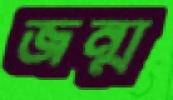
জন্ম